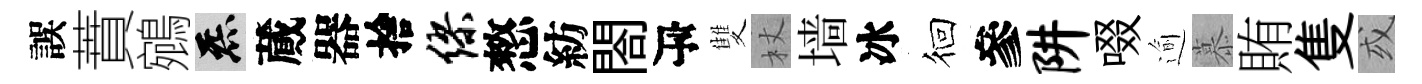
誤蕡鵷炁蕆器捨缪憗紡閤瓴雙杖墙冰徊參阱啜逾慕賄隻或